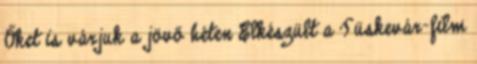
Őket is várjuk a jövő héten Elkészült a Tüskevár-film